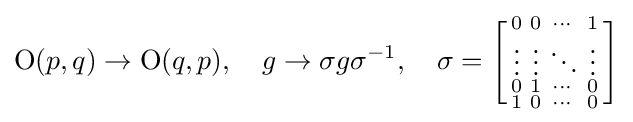
\mathrm {O} (p,q)\rightarrow \mathrm {O} (q,p),\quad g\rightarrow \sigma g\sigma ^{-1},\quad \sigma =\left[{\begin{smallmatrix}0&0&\cdots &1\\\vdots &\vdots &\ddots &\vdots \\0&1&\cdots &0\\1&0&\cdots &0\end{smallmatrix}}\right]